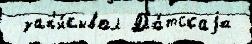
 зап'и́сывал Да́тскаjа